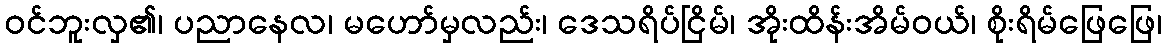
ဝင်ဘူးလှ၏၊ ပညာနေလ၊ မဟော်မှလည်း၊ ဒေသရိပ်ငြိမ်၊ အိုးထိန်းအိမ်ဝယ်၊ စိုးရိမ်ဖြေဖြေ၊